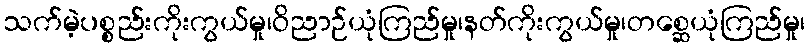
သက်မဲ့ပစ္စည်းကိုးကွယ်မှု၊ဝိညာဉ်ယုံကြည်မှု၊နတ်ကိုးကွယ်မှု၊တစ္ဆေယုံကြည်မှု၊